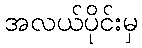
အလယ်ပိုင်းမှ